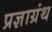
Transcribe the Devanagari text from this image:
प्रज्ञाग्रंथ